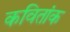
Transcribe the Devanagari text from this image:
कवितांक